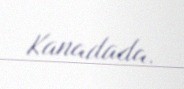
Kanadada.